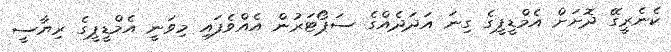
ކެނެރީގޭ ދޮށަށް އެމްޑީޕީގެ ގިނަ އަދަދެއްގެ ސަޕޯޓަރުން އެއްވެފައި މިވަނީ އެމްޑީޕީގެ ރިޔާސީ